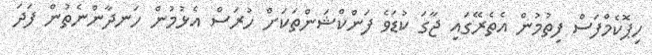
ހިޕޮކެމްފަސް ފިތުމުން އެތެރޭގައި ޖާގަ ކުޑަވެ ފަންކްޝަންތަކަށް ހުރަސް އެޅުމުން ހަނދާންނެތުން ފަދަ